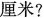
厘米?